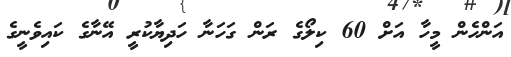
އަންހެން މީހާ އަށް 60 ކިލޯގެ ރަން ގަހަނާ ހަދިޔާކުރީ އޭނާގެ ކައިވެނީގެ